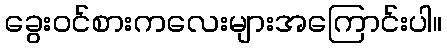
ခွေးဝင်စားကလေးများအကြောင်းပါ။